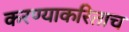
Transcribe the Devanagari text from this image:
करण्याकरिताच